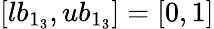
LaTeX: [lb_{1_{3}},ub_{1_{3}}]=[0,1]